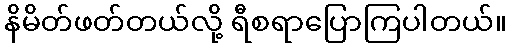
နိမိတ်ဖတ်တယ်လို့ ရီစရာပြောကြပါတယ်။